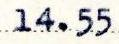
14.55